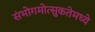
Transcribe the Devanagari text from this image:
संभोगमोत्सुकतेमध्ये